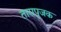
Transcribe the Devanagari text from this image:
तारापूजक